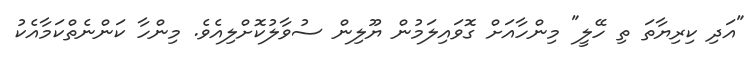
"އަދި ކިރިޔާތަ ތި ހޭލީ" މިންހާއަށް ގޮވައިލަމުން ޔޫލިން ސުވާލުކޮށްލިއެވެ. މިންހާ ކަންނެތްކަމާއެކު